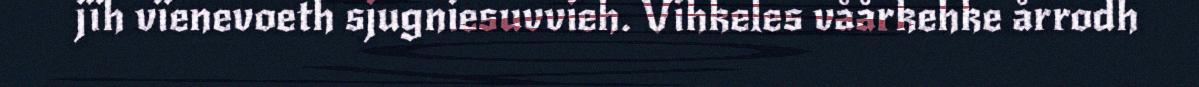
jïh vïenevoeth sjugniesuvvieh. Vihkeles våårkehke årrodh